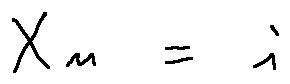
X _ { n } = i